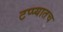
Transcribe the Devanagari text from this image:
टप्प्यातच